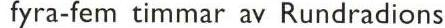
fyra-fem timmar av Rundradions